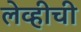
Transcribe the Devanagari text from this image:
लेव्हीची